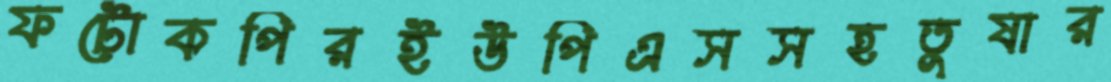
ফটোকপিরইউপিএসসহতুষার